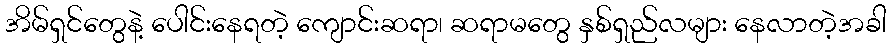
အိမ်ရှင်တွေနဲ့ ပေါင်းနေရတဲ့ ကျောင်းဆရာ၊ ဆရာမတွေ နှစ်ရှည်လများ နေလာတဲ့အခါ